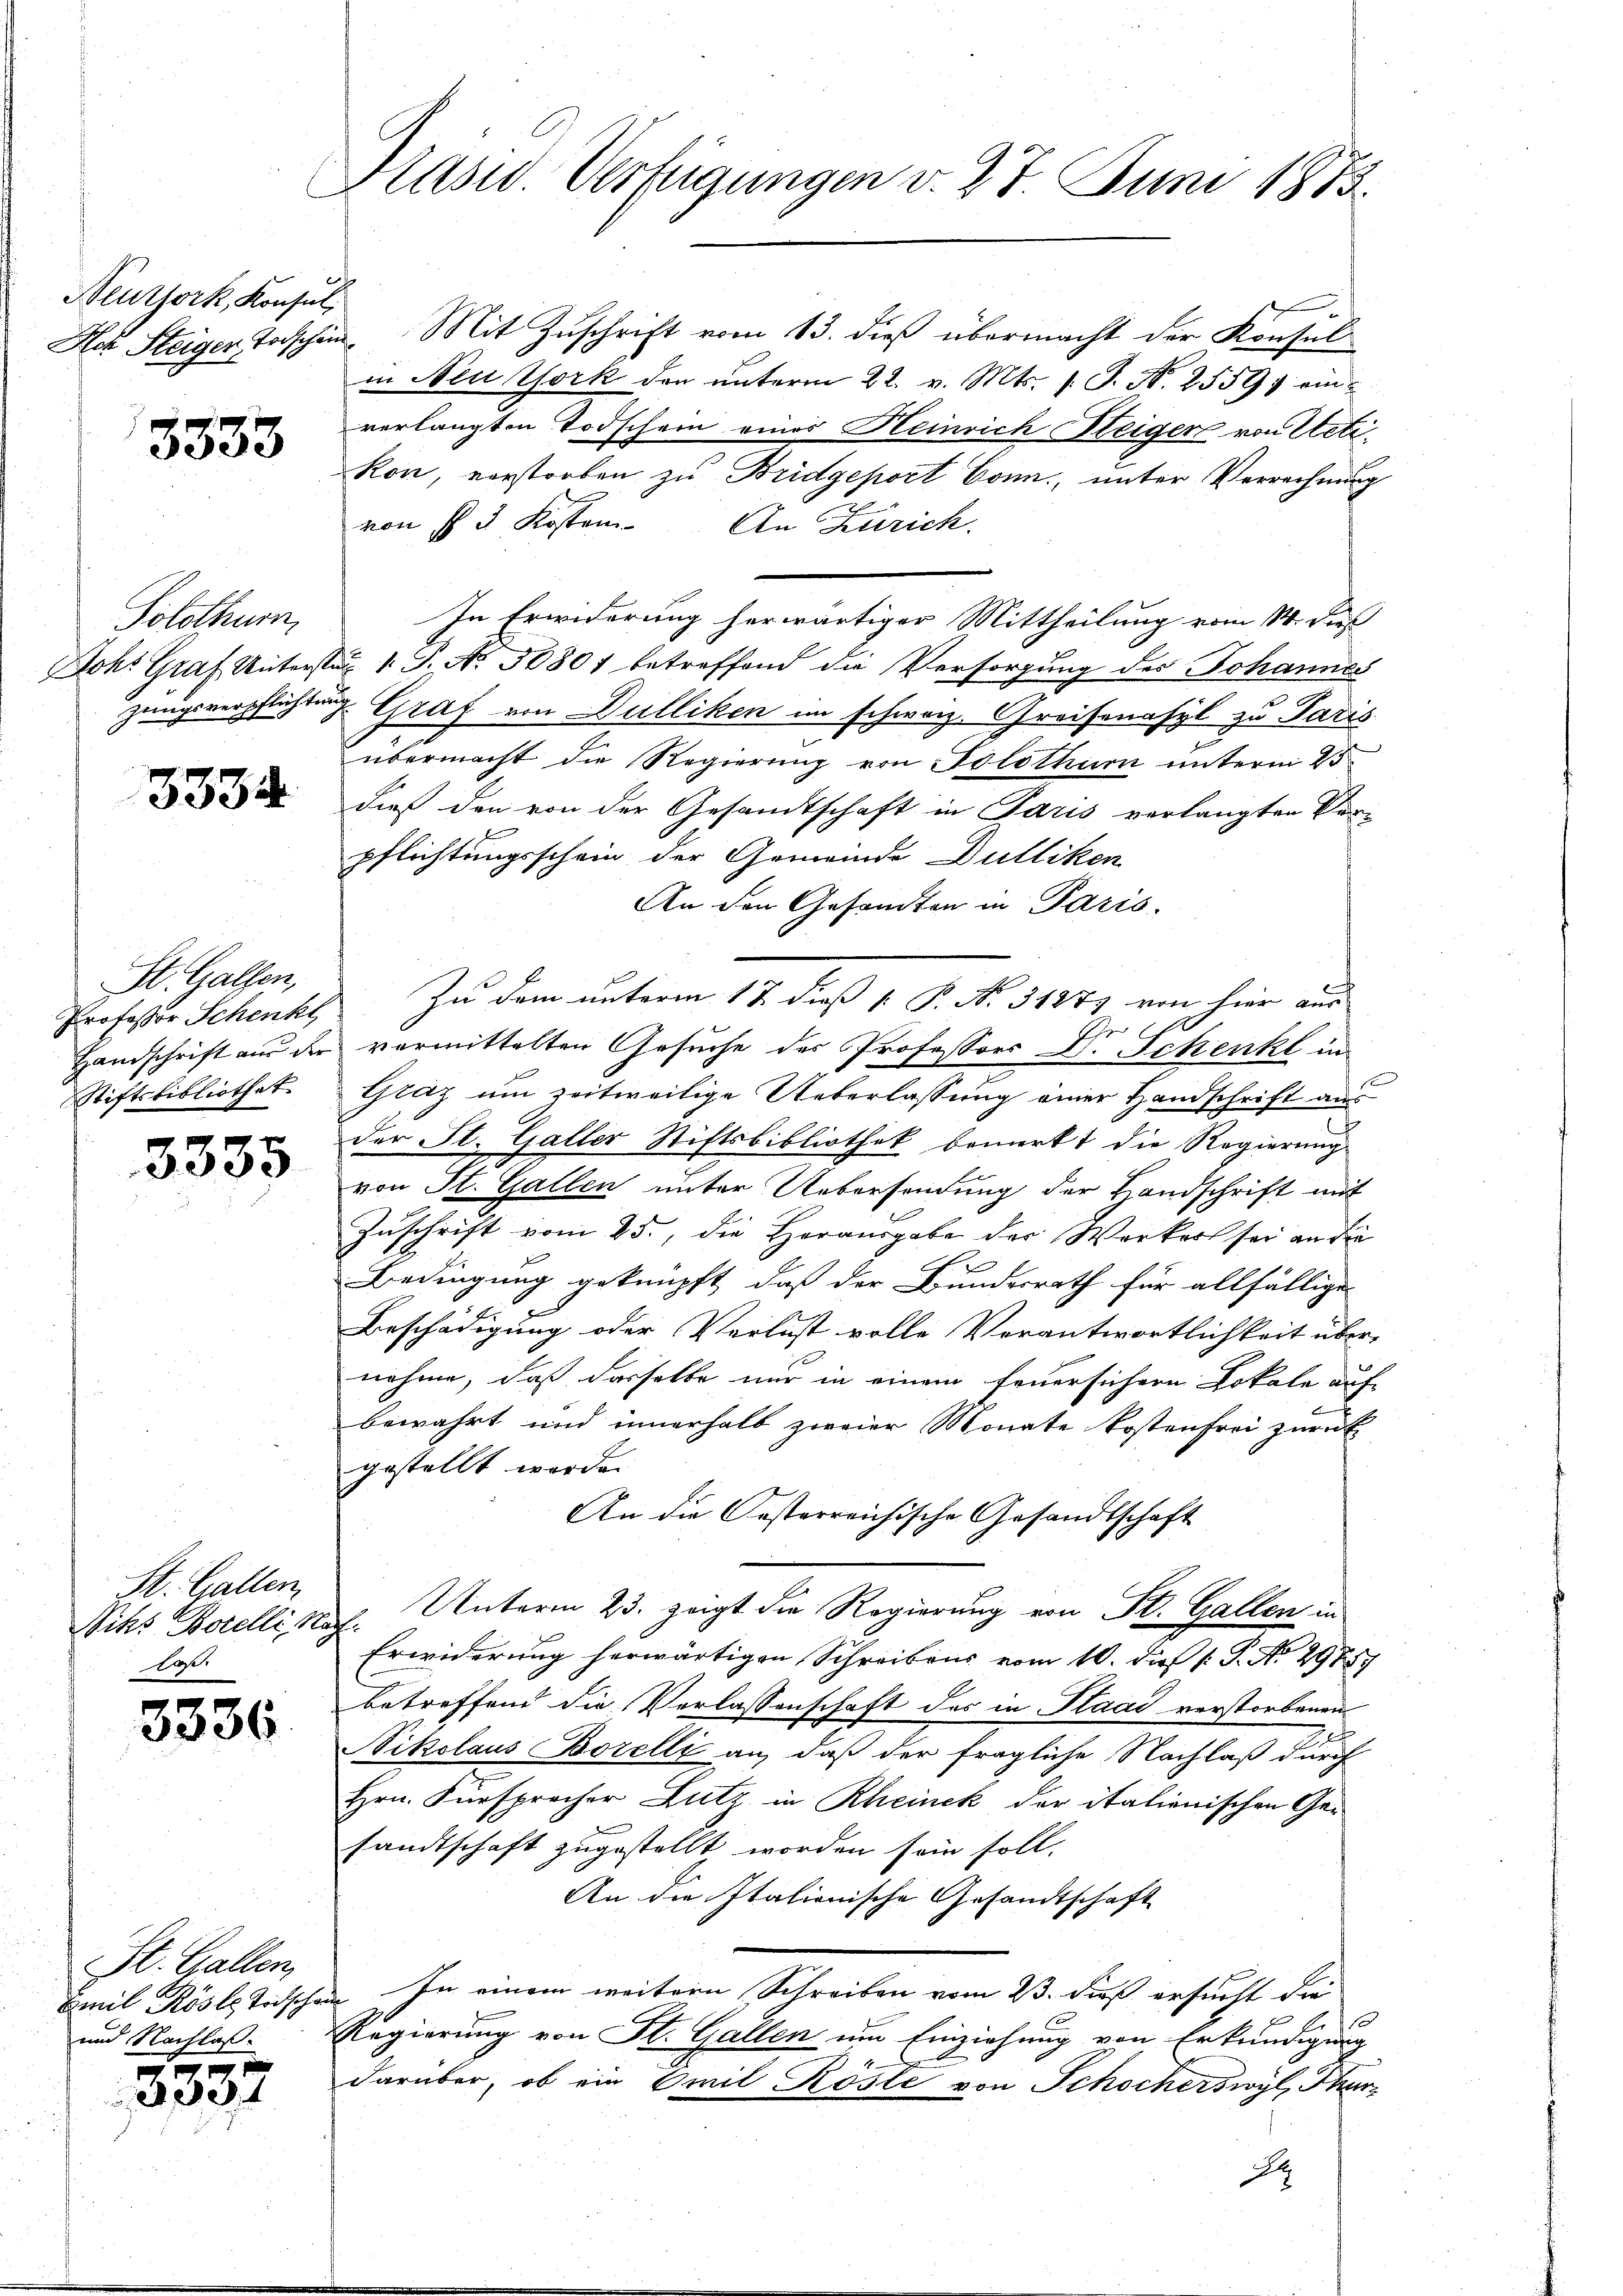
Neuthork, Konsul,

3333

Solothurn,

3334

St. Gallen,
Professor Schenkt
Handschrift aus der
Stiftsbibliothek

3335

St. Gallen
Niks Borelli, Na
Das.

3336

St. Gallen,
Emil Rösle Tritsche
und Nachlaß.

3337

Präsid. Verfügungen v. 27. Juni 1873.

Het Steiger Taschen Mit Zuschrift vom 13. dieß übermacht der Konsul
in New York den ŭnterm 22. v. Mts. s. S. N. 25591 einverlangten Todschein eines Heinrich Steiger von Uetikon, verstorben zu Bridgeport Conn, unter Verrechnung
von § 3 Kosten. An Zürich.
In Erwiderung herwärtiger Mittheilung vom 14. Dies
Joh: Graf Untersten 1. J. A. 30807 betreffend die Versorgung des Johannes
zungsverpflichtung Graf von Dulliken im schweiz. Greisenasyl zu Paris
übermacht die Regierung von Solothur unterm 25.
dieß den von der Gesandtschaft in Paris verlangten Ver-
pflichtungsschein der Gemeinde Dulliken
An den Gesandten in Paris.
Zu dem unterm 17. dieß P. P. No. 31877 von hier aus
6
vermittelten Gesuche des Professors Dr. Schenkt in
Glaz um zeitweilige Ueberlassung einer Handschrift aus
der St. Galler Stiftsbibliothek bemerkt die Regierung
von St. Gallen unter Uebersendung der Handschrift mit
Zuschrift vom 25., die Herausgabe der Werker sei an die
Bedingung geknüpft, daß der Bundesrath für allfällige
Beschädigung oder Verlust volle Verantwortlichkeit über-
nehme, daß dasselbe nur in einem feuersichern Lokale aufbewahrt und innerhalb zweier Monate kostenfrei zurück
gestellt worden
An die Oesterreichische Gesandtschaft
Unterm 23. zeigt die Regierung von St. Gallen in
f
Erwiderung herwärtigen Schreibens vom 10. dieß (: P. No. 2988.
betreffend die Verlassenschaft des in Paad verstorbenen
ch
Nikolaus Borelli an, daß der fragliche Nachlaß durch
Hrn. Fürsprecher Lutz in Rheinek der italienischen Gesandtschaft zugestellt worden sein soll.
An die Italienische Gesandtschaft
In einem weitern Schreiben vom 2. dieß ersucht die
t
Regierung von St. Gallen um Einziehung von Erkundigung
darüber, ob ein Emil Köste von Schocherswyl, Thurd